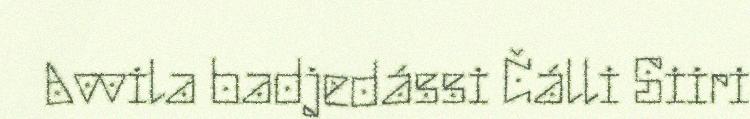
Avvila badjedássi Čálli Siiri